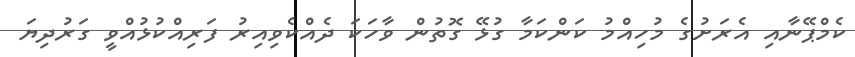
ކެމްޕޭނާއި އެރަށުގެ މުހިއްމު ކަންކަމާ ގުޅޭ ގޮތުން ވާހަކަ ދެއްކެވިއިރު ފަރިއްކުޅުއްވީ ގަރުދިޔަ